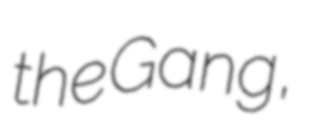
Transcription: the Gang,